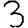
Digit: 3